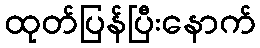
ထုတ်ပြန်ပြီးနောက်